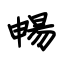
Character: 暢